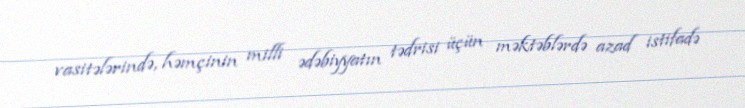
vasitələrində, həmçinin milli ədəbiyyatın tədrisi üçün məktəblərdə azad istifadə